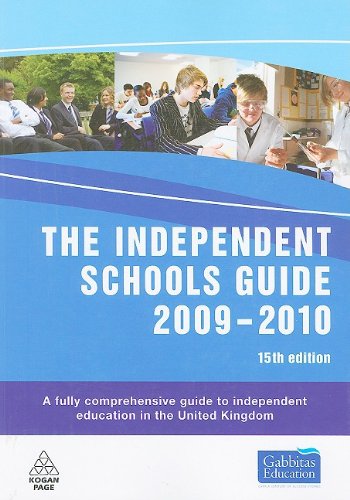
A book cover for The Independent Schools Guide 2009-2010: A Fully Comprehensive Directory; Gabbitas Educational Consultants; Test Preparation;